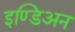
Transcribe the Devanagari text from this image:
इण्डिअन